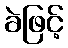
ခဲဖြင့်